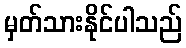
မှတ်သားနိုင်ပါသည်